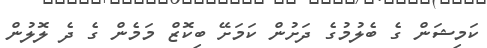
ކަމިޝަން ގެ ބެލުމުގެ ދަށުން ކަމަށޭ ބިކޮޒް މަމެން ގެ ދެ ލޮލުން